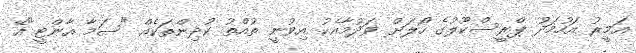
އަމީރު އަހުމަދު ޕްރީސްކޫލުގެ ހޯލަށް ވަދުމާއެކު އިވުނީ ތުއްތު ކުދިންތަކެއް "ސަމާ އާންޓީ"އޭ